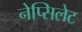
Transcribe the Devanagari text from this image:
नेप्सिलेट